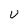
Character: U